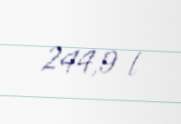
244,9 l